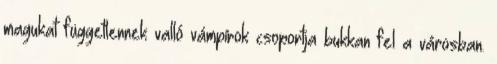
magukat függetlennek valló vámpírok csoportja bukkan fel a városban.